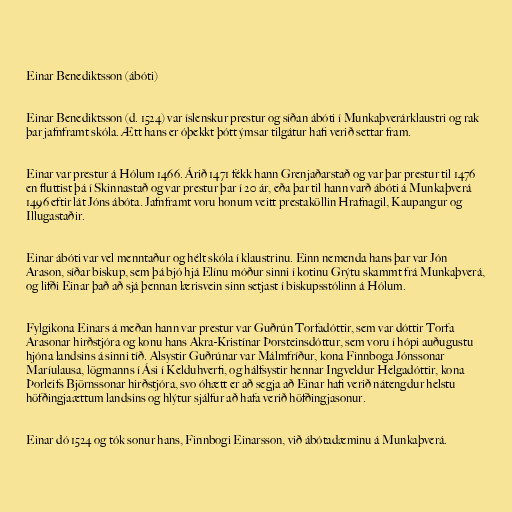
Einar Benediktsson (ábóti)

Einar Benediktsson (d. 1524) var íslenskur prestur og síðan ábóti í Munkaþverárklaustri og rak
þar jafnframt skóla. Ætt hans er óþekkt þótt ýmsar tilgátur hafi verið settar fram.

Einar var prestur á Hólum 1466. Árið 1471 fékk hann Grenjaðarstað og var þar prestur til 1476
en fluttist þá í Skinnastað og var prestur þar í 20 ár, eða þar til hann varð ábóti á Munkaþverá
1496 eftir lát Jóns ábóta. Jafnframt voru honum veitt prestaköllin Hrafnagil, Kaupangur og
Illugastaðir.

Einar ábóti var vel menntaður og hélt skóla í klaustrinu. Einn nemenda hans þar var Jón
Arason, síðar biskup, sem þá bjó hjá Elínu móður sinni í kotinu Grýtu skammt frá Munkaþverá,
og lifði Einar það að sjá þennan lærisvein sinn setjast í biskupsstólinn á Hólum.

Fylgikona Einars á meðan hann var prestur var Guðrún Torfadóttir, sem var dóttir Torfa
Arasonar hirðstjóra og konu hans Akra-Kristínar Þorsteinsdóttur, sem voru í hópi auðugustu
hjóna landsins á sinni tíð. Alsystir Guðrúnar var Málmfríður, kona Finnboga Jónssonar
Maríulausa, lögmanns í Ási í Kelduhverfi, og hálfsystir hennar Ingveldur Helgadóttir, kona
Þorleifs Björnssonar hirðstjóra, svo óhætt er að segja að Einar hafi verið nátengdur helstu
höfðingjaættum landsins og hlýtur sjálfur að hafa verið höfðingjasonur.

Einar dó 1524 og tók sonur hans, Finnbogi Einarsson, við ábótadæminu á Munkaþverá.